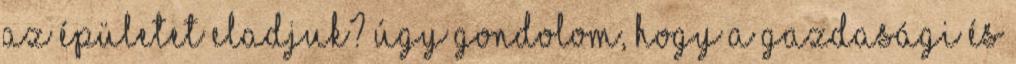
az épületet eladjuk? Úgy gondolom, hogy a Gazdasági és